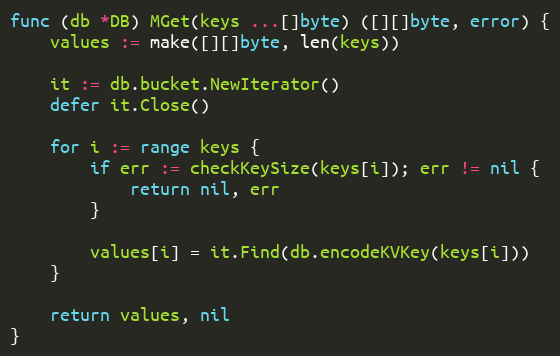
Language: Go
func (db *DB) MGet(keys ...[]byte) ([][]byte, error) {
	values := make([][]byte, len(keys))

	it := db.bucket.NewIterator()
	defer it.Close()

	for i := range keys {
		if err := checkKeySize(keys[i]); err != nil {
			return nil, err
		}

		values[i] = it.Find(db.encodeKVKey(keys[i]))
	}

	return values, nil
}